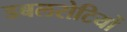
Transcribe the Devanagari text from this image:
डबलरोटियों